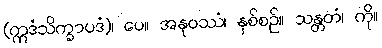
(ဣဒံသိက္ခာပဒံ)၊ ပေ။ အနုဝဿံ၊ နှစ်စဉ်။ သန္တတံ၊ ကို။